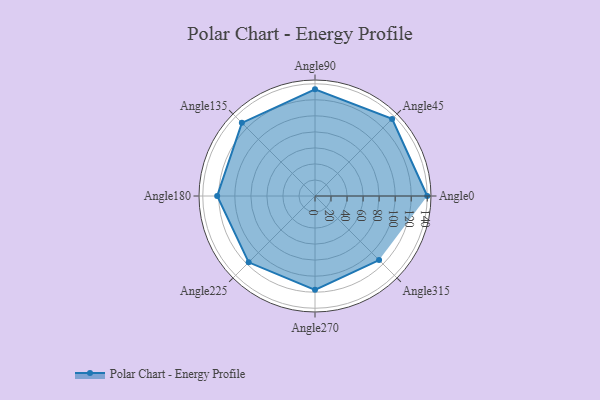
{"axis": {"x": "Angle", "y": "Radius"}, "legend": [""], "data": [{"x": "Angle0", "y": 140.0, "type": ""}, {"x": "Angle45", "y": 136.0, "type": ""}, {"x": "Angle90", "y": 133.0, "type": ""}, {"x": "Angle135", "y": 129.0, "type": ""}, {"x": "Angle180", "y": 122.0, "type": ""}, {"x": "Angle225", "y": 117.0, "type": ""}, {"x": "Angle270", "y": 117.0, "type": ""}, {"x": "Angle315", "y": 113.0, "type": ""}]}